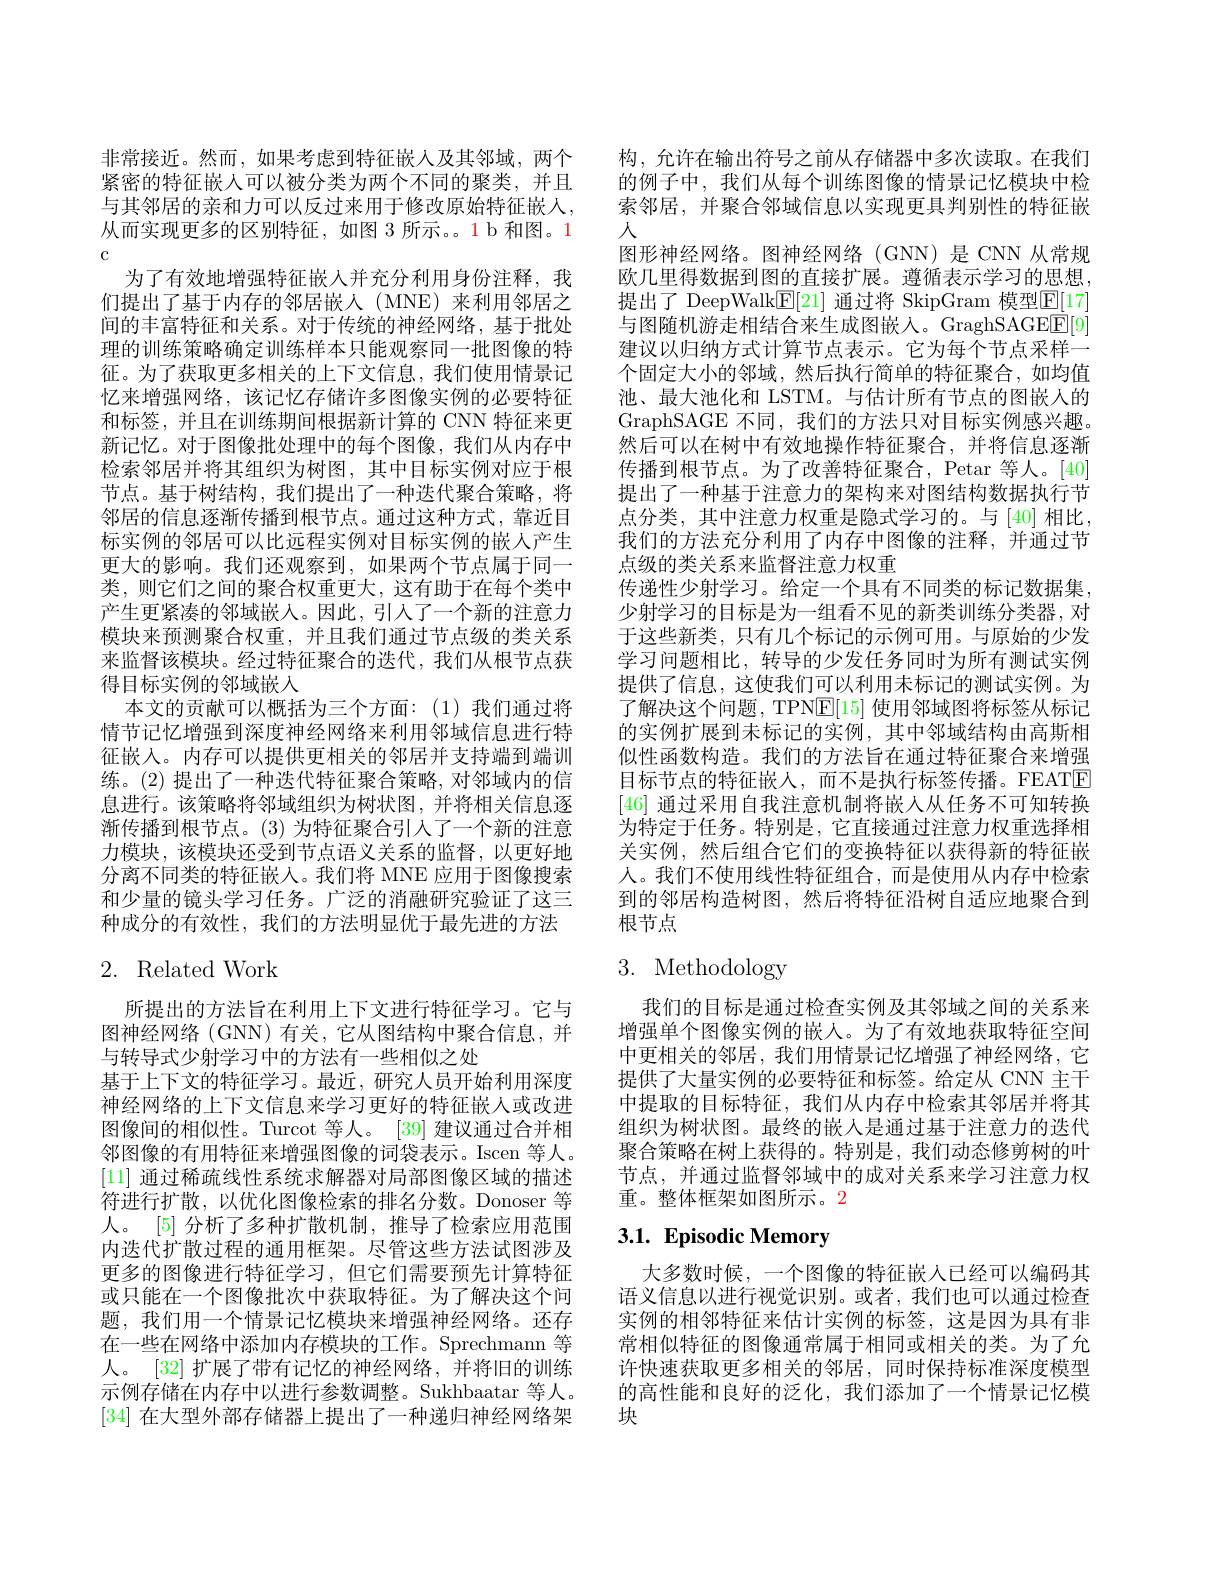
非常接近。然而，如果考虑到特征嵌入及其邻域，两个紧密的特征嵌人可以被分类为两个不同的聚类，并且与其邻居的亲和力可以反过来用于修改原始特征嵌人， 从而实现更多的区别特征，如图 3 所示。1 b 和图。1 c
为了有效地增强特征嵌入并充分利用身份注释，我们提出了基于内存的邻居嵌人(MNE)来利用邻居之间的丰富特征和关系。对于传统的神经网络，基于批处理的训练策略确定训练样本只能观察同一批图像的特征。为了获取更多相关的上下文信息，我们使用情景记忆来增强网络，该记忆存储许多图像实例的必要特征和标签，并且在训练期间根据新计算的 CNN 特征来更新记忆。对于图像批处理中的每个图像，我们从内存中检索邻居并将其组织为树图，其中目标实例对应于根节点。基于树结构，我们提出了一种迭代聚合策略，将邻居的信息逐渐传播到根节点。通过这种方式，靠近目标实例的邻居可以比远程实例对目标实例的嵌人产生更大的影响。我们还观察到，如果两个节点属于同一类，则它们之间的聚合权重更大，这有助于在每个类中产生更紧凑的邻域嵌入。因此，引人了一个新的注意力模块来预测聚合权重，并且我们通过节点级的类关系来监督该模块。经过特征聚合的迭代，我们从根节点获得目标实例的邻域嵌人
本文的贡献可以概括为三个方面：(1)我们通过将情节记忆增强到深度神经网络来利用邻域信息进行特征嵌入。内存可以提供更相关的邻居并支持端到端训练。(2) 提出了一种迭代特征聚合策略，对邻域内的信息进行。该策略将邻域组织为树状图，并将相关信息逐渐传播到根节点。(3)为特征聚合引人了一个新的注意力模块，该模块还受到节点语义关系的监督，以更好地分离不同类的特征嵌人。我们将 MNE 应用于图像搜索和少量的镜头学习任务。广泛的消融研究验证了这三种成分的有效性，我们的方法明显优于最先进的方法

# 2. Related Work

所提出的方法旨在利用上下文进行特征学习。它与图神经网络(GNN)有关，它从图结构中聚合信息，并与转导式少射学习中的方法有一些相似之处
基于上下文的特征学习。最近，研究人员开始利用深度神经网络的上下文信息来学习更好的特征嵌入或改进图像间的相似性。Turcot 等人。[39] 建议通过合并相邻图像的有用特征来增强图像的词袋表示。Iscen 等人。[11]通过稀疏线性系统求解器对局部图像区域的描述符进行扩散，以优化图像检索的排名分数。Donoser 等人。[5] 分析了多种扩散机制，推导了检索应用范围内迭代扩散过程的通用框架。尽管这些方法试图涉及更多的图像进行特征学习，但它们需要预先计算特征或只能在一个图像批次中获取特征。为了解决这个问题，我们用一个情景记忆模块来增强神经网络。还存在一些在网络中添加内存模块的工作。Sprechmann 等人。[32] 扩展了带有记忆的神经网络，并将旧的训练示例存储在内存中以进行参数调整。Sukhbaatar 等人。[34]在大型外部存储器上提出了一种递归神经网络架

构，允许在输出符号之前从存储器中多次读取。在我们的例子中，我们从每个训练图像的情景记忆模块中检索邻居，并聚合邻域信息以实现更具判别性的特征嵌人
图形神经网络。图神经网络(GNN)是CNN 从常规欧几里得数据到图的直接扩展。遵循表示学习的思想， 提出了 DeepWalk$\underline{\mathrm{E}}[21]$ 通过将 SkipGram 模型$\underline{\mathrm{E}}[17]$ 与图随机游走相结合来生成图嵌入。GraghSAGE$\boxed{\mathrm{E}}[9]$ 建议以归纳方式计算节点表示。它为每个节点采样一个固定大小的邻域，然后执行简单的特征聚合，如均值池、最大池化和 LSTM。与估计所有节点的图嵌人的GraphSAGE 不同，我们的方法只对目标实例感兴趣。然后可以在树中有效地操作特征聚合，并将信息逐渐传播到根节点。为了改善特征聚合，Petar 等人。[40] 提出了一种基于注意力的架构来对图结构数据执行节点分类，其中注意力权重是隐式学习的。与[40]相比， 我们的方法充分利用了内存中图像的注释，并通过节点级的类关系来监督注意力权重
传递性少射学习。给定一个具有不同类的标记数据集， 少射学习的目标是为一组看不见的新类训练分类器，对于这些新类，只有几个标记的示例可用。与原始的少发学习问题相比，转导的少发任务同时为所有测试实例提供了信息，这使我们可以利用未标记的测试实例。为了解决这个问题，TPN$\mathbb{E}[15]$使用邻域图将标签从标记的实例扩展到未标记的实例，其中邻域结构由高斯相似性函数构造。我们的方法旨在通过特征聚合来增强目标节点的特征嵌入，而不是执行标签传播。FEATE [46]通过采用自我注意机制将嵌人从任务不可知转换为特定于任务。特别是，它直接通过注意力权重选择相关实例，然后组合它们的变换特征以获得新的特征嵌人。我们不使用线性特征组合，而是使用从内存中检索到的邻居构造树图，然后将特征沿树自适应地聚合到根节点

# 3. Methodology

我们的目标是通过检查实例及其邻域之间的关系来增强单个图像实例的嵌人。为了有效地获取特征空间中更相关的邻居，我们用情景记忆增强了神经网络，它提供了大量实例的必要特征和标签。给定从 CNN 主干中提取的目标特征，我们从内存中检索其邻居并将其组织为树状图。最终的嵌人是通过基于注意力的迭代聚合策略在树上获得的。特别是，我们动态修剪树的叶节点，并通过监督邻域中的成对关系来学习注意力权重。整体框架如图所示。2

# 3.1. Episodic Memory

大多数时候，一个图像的特征嵌人已经可以编码其语义信息以进行视觉识别。或者，我们也可以通过检查实例的相邻特征来估计实例的标签，这是因为具有非常相似特征的图像通常属于相同或相关的类。为了允许快速获取更多相关的邻居，同时保持标准深度模型的高性能和良好的泛化，我们添加了一个情景记忆模块